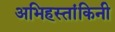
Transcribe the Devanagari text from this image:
अभिहस्तांकिनी